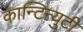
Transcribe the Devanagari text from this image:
कान्टिन्युटी